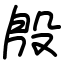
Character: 殷